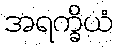
အရက္ခိယံ